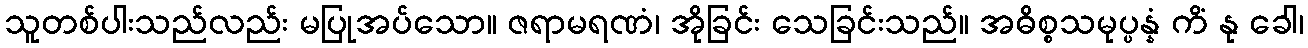
သူတစ်ပါးသည်လည်း မပြုအပ်သော။ ဇရာမရဏံ၊ အိုခြင်း သေခြင်းသည်။ အဓိစ္စသမုပ္ပန္နံ ကိံ နု ခေါ၊